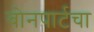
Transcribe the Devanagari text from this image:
बोनपार्टचा